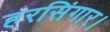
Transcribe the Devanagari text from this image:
हरसिंगार।